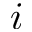
i